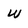
Character: W